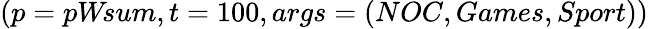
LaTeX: (p=pW\! sum,t=100,args=(NOC,Games,Sport))